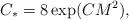
LaTeX: \begin{align*}C_{*} =8\exp(CM^2),\end{align*}